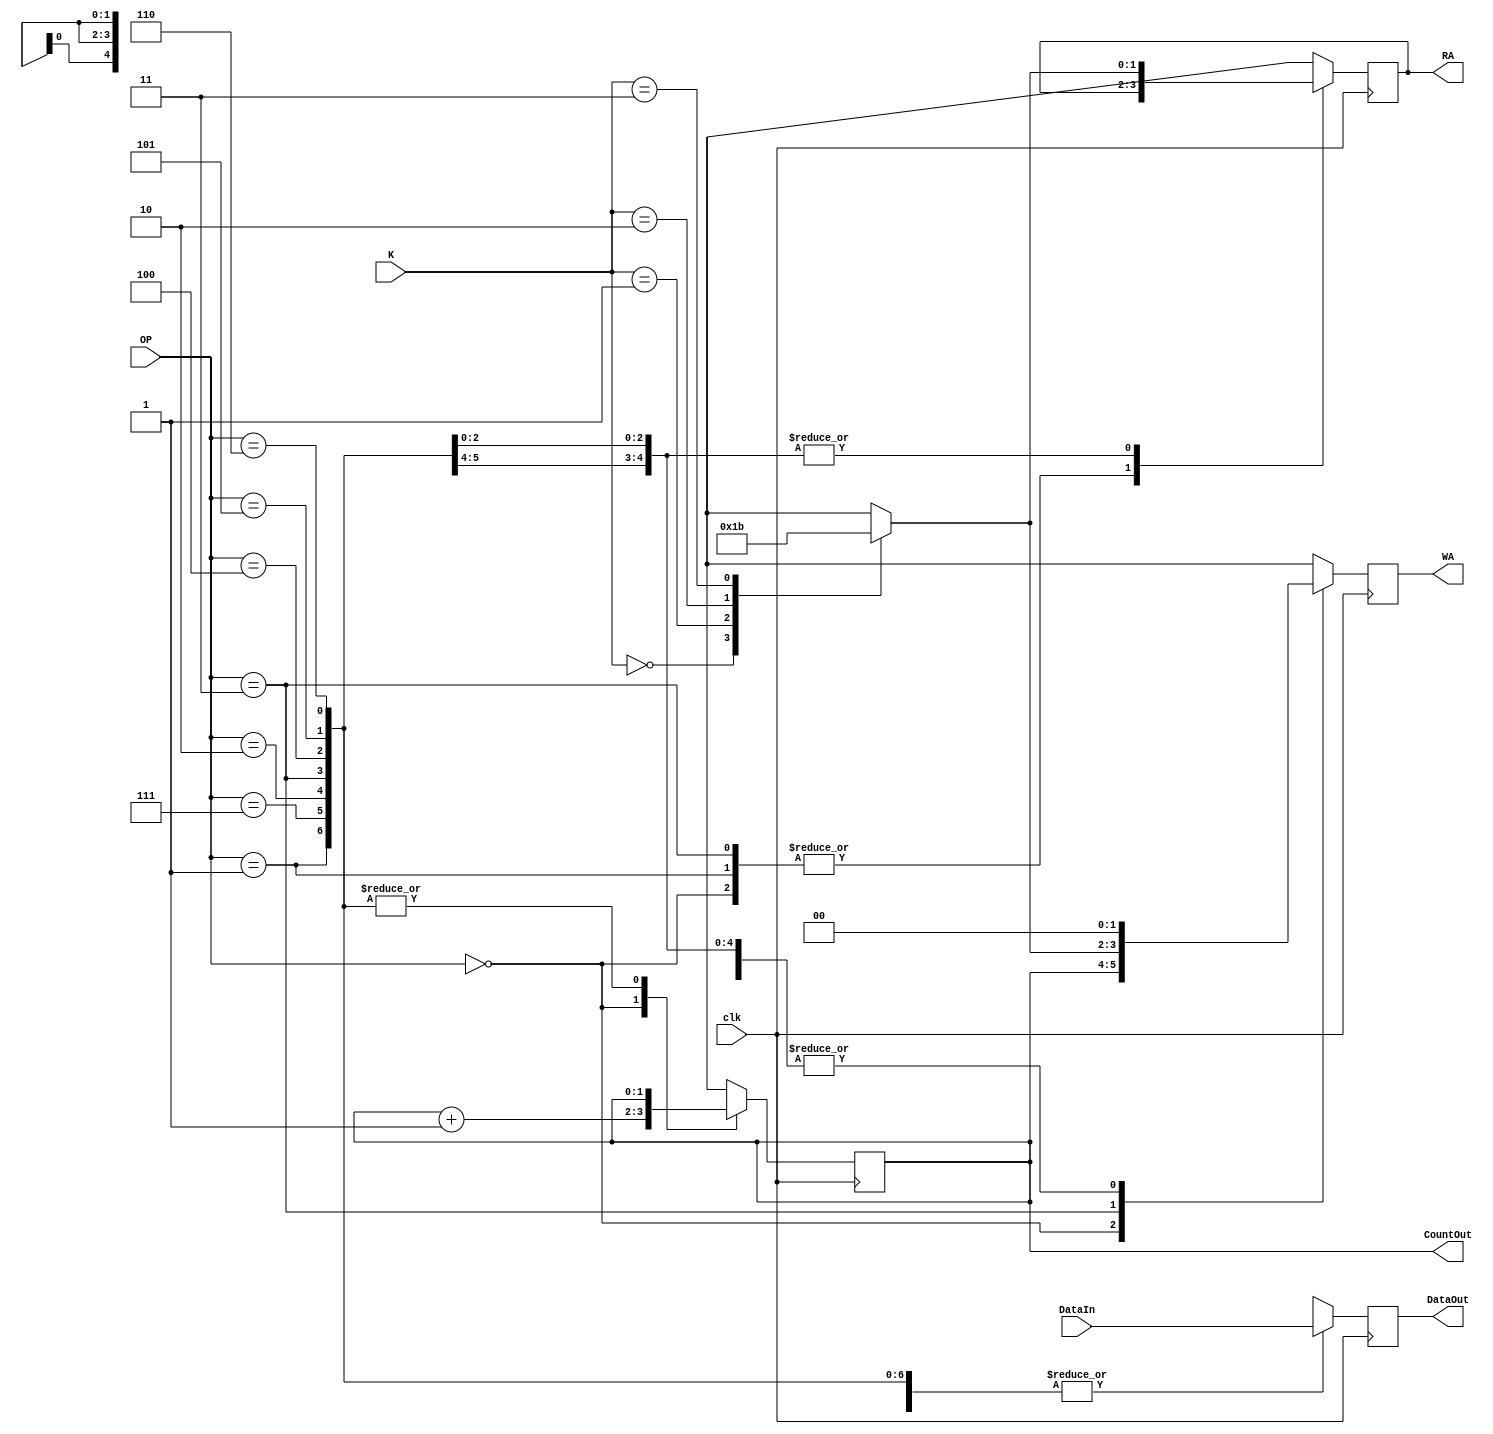
module StateMachine (DataIn, OP, DataOut, CountOut, RA, WA, K, clk);
	input [4:0]DataIn;
	input[2:0]OP;
	input[1:0]K;
	input clk;
	
		output [1:0]CountOut;
	reg [1:0]CountOut;
		output [1:0]RA;
	reg [1:0]RA;
		output [1:0]WA;
	reg [1:0]WA;
		output [4:0]DataOut;
	reg [4:0]DataOut;
	
	
	always@(posedge clk)
		begin
			case(OP)
			3'b000:begin
			DataOut = DataIn; 
			WA = CountOut;
			CountOut = CountOut + 1;
			end
				
			3'b001:begin
			WA = 2'b00;
			DataOut = DataIn; 
			end
			
			3'b010:begin
			WA = 2'b00;
				case(K)
				2'b00:RA = 2'b00;
				2'b01:RA = 2'b01;
				2'b10:RA = 2'b10;
				2'b11:RA = 2'b11;
				endcase
				DataOut = DataIn; 

			end
			
			3'b011:begin
				case(K)
				2'b00:WA = 2'b00;
				2'b01:WA = 2'b01;
				2'b10:WA = 2'b10;
				2'b11:WA = 2'b11;
				endcase
				DataOut = DataIn; 
			end
			
			3'b100:begin
				case(K)
				2'b00:RA = 2'b00;
				2'b01:RA = 2'b01;
				2'b10:RA = 2'b10;
				2'b11:RA = 2'b11;
				endcase
			WA = 2'b00;
			DataOut = DataIn; 
			end
			
			3'b101:begin
				case(K)
				2'b00:RA = 2'b00;
				2'b01:RA = 2'b01;
				2'b10:RA = 2'b10;
				2'b11:RA = 2'b11;
				endcase
			WA = 2'b00;
			DataOut = DataIn; 
			end
			
			3'b110:begin
				case(K)
				2'b00:RA = 2'b00;
				2'b01:RA = 2'b01;
				2'b10:RA = 2'b10;
				2'b11:RA = 2'b11;
				endcase
			WA = 2'b00;
			DataOut = DataIn; 
			end
			
			3'b111:begin
				case(K)
				2'b00:RA = 2'b00;
				2'b01:RA = 2'b01;
				2'b10:RA = 2'b10;
				2'b11:RA = 2'b11;
				endcase
			WA = 2'b00;
			DataOut = DataIn; 
			end
			
			endcase
		end
endmodule